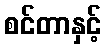
စင်တာနှင့်